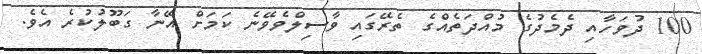
100 ދުވަހާއި ދެމެދުގެ މުއްދަތެއްގެ ތެރޭގައި ވާސިލްވެވޭނެ ކަމަށް އޭނާ ގަބޫލުކުރެ އެވެ.